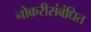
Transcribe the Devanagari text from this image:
नोकरीसंबंधित